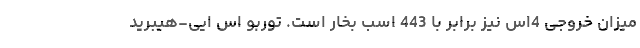
میزان خروجی 4اس نیز برابر با 443 اسب بخار است. توربو اس ایی-هیبرید